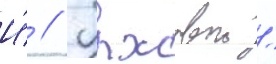
И́ // Пыжовои /